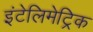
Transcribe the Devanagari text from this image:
इंटेलिमेट्रिक